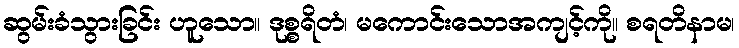
ဆွမ်းခံသွားခြင်း ဟူသော။ ဒုစ္စရိတံ၊ မကောင်းသောအကျင့်ကို။ စရတိနာမ၊